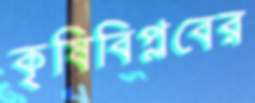
কৃষিবিপ্লবের